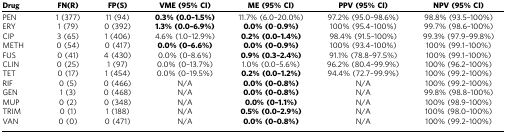
| Drug | FN(R) | FP(S) | VME (95% CI) | ME (95% CI) | PPV (95% CI) | NPV (95% CI) |
 | --- | --- | --- | --- | --- | --- | --- |
 | PEN | 1 (377) | 11 (94) | 0.3% (0.0–1.5%) | 11.7% (6.0–20.0%) | 97.2% (95.0–98.6%) | 98.8% (93.5–100%) |
 | ERY | 1 (79) | 0 (392) | 1.3% (0.0–6.9%) | 0.0% (0–0.9%) | 100% (95.4–100%) | 99.7% (98.6–100%) |
 | CIP | 3 (65) | 1 (406) | 4.6% (1.0–12.9%) | 0.2% (0.0–1.4%) | 98.4% (91.5–100%) | 99.3% (97.9–99.8%) |
 | METH | 0 (54) | 0 (417) | 0.0% (0–6.6%) | 0.0% (0–0.9%) | 100% (93.4–100%) | 100% (99.1–100%) |
 | FUS | 0 (41) | 4 (430) | 0.0% (0–8.6%) | 0.9% (0.3–2.4%) | 91.1% (78.8–97.5%) | 100% (99.1–100%) |
 | CLIN | 0 (25) | 1 (97) | 0.0% (0–13.7%) | 1.0% (0.0–5.6%) | 96.2% (80.4–99.9%) | 100% (96.2–100%) |
 | TET | 0 (17) | 1 (454) | 0.0% (0–19.5%) | 0.2% (0.0–1.2%) | 94.4% (72.7–99.9%) | 100% (99.2–100%) |
 | RIF | 0 (5) | 0 (466) | N/A | 0.0% (0–0.8%) | N/A | 100% (99.2–100%) |
 | GEN | 1 (3) | 0 (468) | N/A | 0.0% (0–0.8%) | N/A | 99.8% (98.8–100%) |
 | MUP | 0 (2) | 0 (348) | N/A | 0.0% (0–1.1%) | N/A | 100% (98.9–100%) |
 | TRIM | 0 (1) | 1 (188) | N/A | 0.5% (0.0–2.9%) | N/A | 100% (98.0–100%) |
 | VAN | 0 (0) | 0 (471) | N/A | 0.0% (0–0.8%) | N/A | 100% (99.2–100%) |